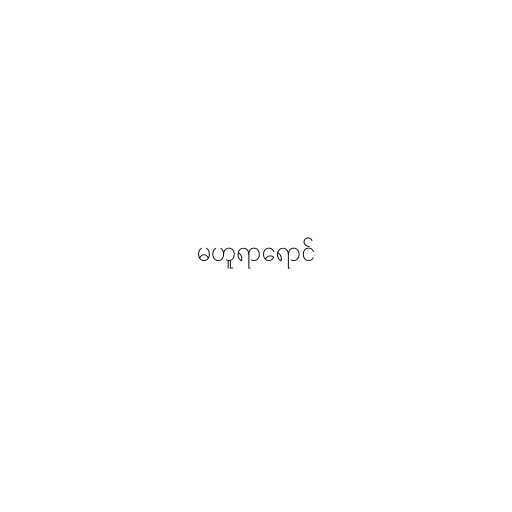
မဟူရာရောင်